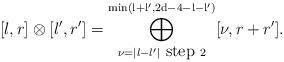
LaTeX: \begin{align*} [l,r]\otimes [l',r']= \bigoplus\limits_{\nu=\vert l-l' \vert \mbox{ step } 2}^{\mathrm{min\left( l+l',2d-4-l-l' \right)}} [\nu, r+r'].\end{align*}